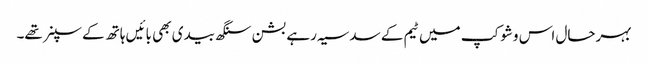
بہرحال اس وشوکپ میں ٹیم کے سدسیہ رہے بشن سنگھ بیدی بھی بائیں ہاتھ کے سپنر تھے۔